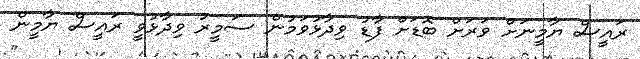
ރައީސް ޔާމީނަށް ވަރަށް ބޮޑަށް ފާޑު ވިދާޅުވަމުން ސަމީރު ވިދާޅުވީ ރައީސް ޔާމީން